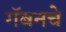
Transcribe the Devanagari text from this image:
गॅबनचे